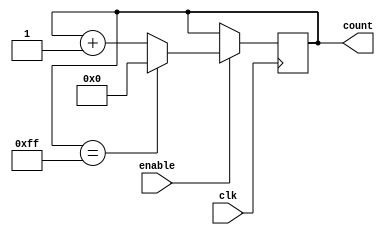
module Binary_Up_Counter_with_Enable(
    input wire clk,
    input wire enable,
    output reg [N-1:0] count
);

parameter N = 8; // Counter width

always @(posedge clk) begin
    if (enable) begin
        if (count == (2**N - 1)) begin
            count <= 0;
        end else begin
            count <= count + 1;
        end
    end
end

endmodule